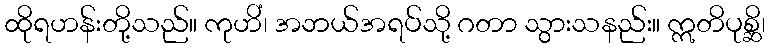
ထိုရဟန်းတို့သည်။ ကုဟိံ၊ အဘယ်အရပ်သို့ ဂတာ သွားသနည်း။ ဣတိပုစ္ဆိ၊